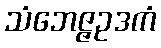
သံဘေဇ္ဇဥဒကံ